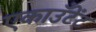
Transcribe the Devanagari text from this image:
एकाउँटेंट